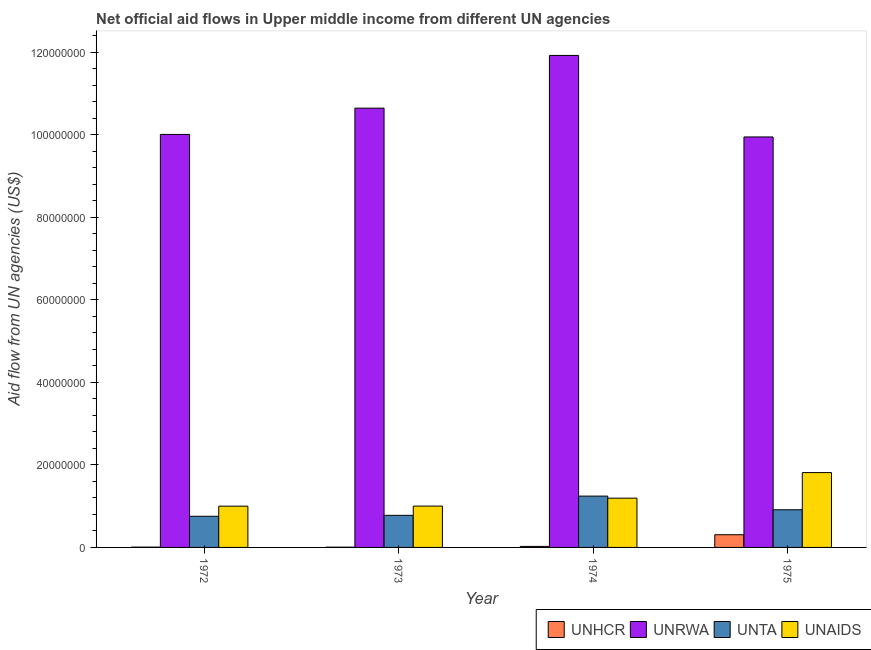
| Year | UNHCR | UNRWA | UNTA | UNAIDS |
 | --- | --- | --- | --- | --- |
 | 1972 | 7e+04 | 1e+08 | 7.55e+06 | 1e+07 |
 | 1973 | 6e+04 | 1.06e+08 | 7.78e+06 | 1e+07 |
 | 1974 | 2.5e+05 | 1.19e+08 | 1.24e+07 | 1.19e+07 |
 | 1975 | 3.08e+06 | 9.95e+07 | 9.13e+06 | 1.81e+07 |